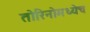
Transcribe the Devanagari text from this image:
तोरिनोमध्येच